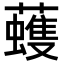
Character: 𧃀